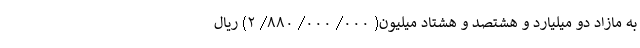
به مازاد دو میلیارد و هشتصد و هشتاد میلیون( ۰۰۰/ ۰۰۰/ ۸۸۰/ ۲) ریال